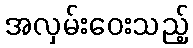
အလှမ်းဝေးသည့်